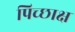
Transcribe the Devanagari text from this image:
पिच्छाक्ष